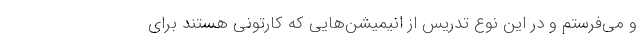
و می‌فرستم و در این نوع تدریس از انیمیشن‌هایی که کارتونی هستند برای